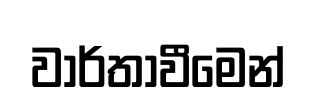
වාර්තාවීමෙන්